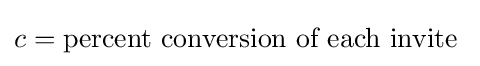
c={\text{percent conversion of each invite }}